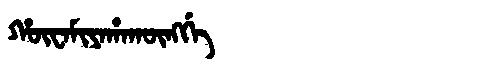
Manchu: ᡥᡡᠸᠠᠮᡳᠶᠠᡥᠠᡴᡡᠩᡤᡝ
Romanization: HŪWAMIYAHAKŪNGGE